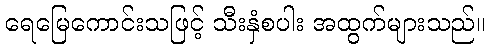
ရေမြေကောင်းသဖြင့် သီးနှံစပါး အထွက်များသည်။